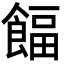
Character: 𩜰